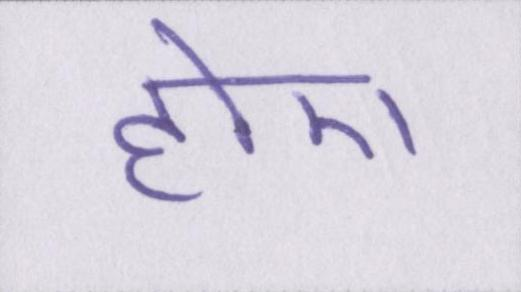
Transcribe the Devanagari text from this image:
होए